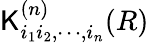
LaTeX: \mathsf{K}_{i_{1}i_{2},\cdots,i_{n}}^{(n)}(R)